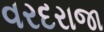
વરદરાજા